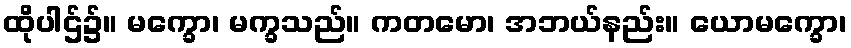
ထိုပါဌ်၌။ မက္ခော၊ မက္ခသည်။ ကတမော၊ အဘယ်နည်း။ ယောမက္ခော၊